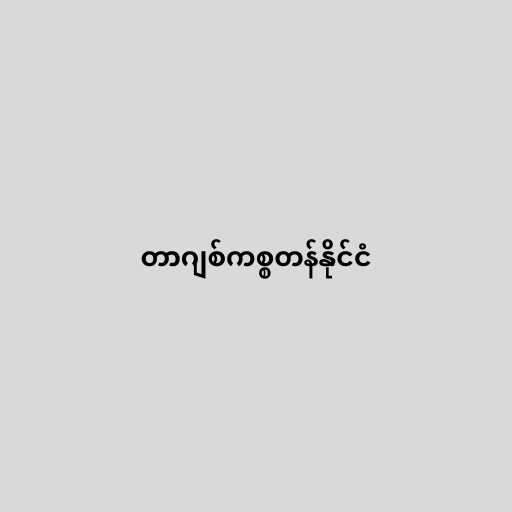
တာဂျစ်ကစ္စတန်နိုင်ငံ